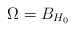
\begin{align*}\Omega=B_{H_0}\,\end{align*}